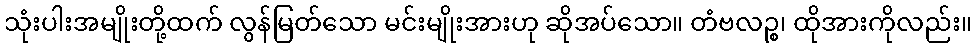
သုံးပါးအမျိုးတို့ထက် လွန်မြတ်သော မင်းမျိုးအားဟု ဆိုအပ်သော။ တံဗလဉ္စ၊ ထိုအားကိုလည်း။